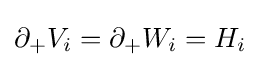
\partial _{+}V_{i}=\partial _{+}W_{i}=H_{i}